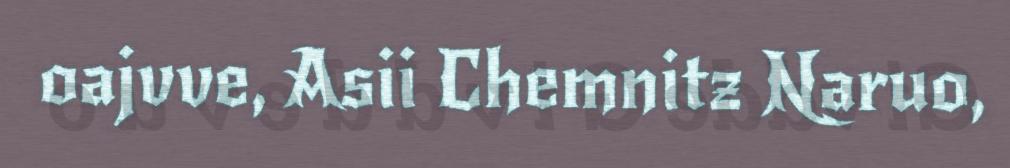
oajvve, Asii Chemnitz Naruo,